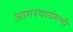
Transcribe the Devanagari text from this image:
आगरवायंगणी